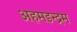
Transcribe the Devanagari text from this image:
अहमइन्द्रम